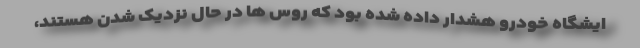
ایشگاه خودرو هشدار داده شده بود که روس ها در حال نزدیک‌ شدن هستند،